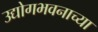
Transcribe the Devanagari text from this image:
उद्योगभवनाच्या